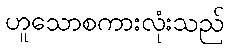
ဟူသောစကားလုံးသည်